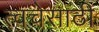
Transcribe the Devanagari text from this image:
त्वचेसाठी